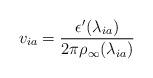
LaTeX: \begin{align*}v_{ia} = \frac{\epsilon'(\lambda_{ia})}{2\pi \rho_{\infty}(\lambda_{ia})}\end{align*}